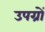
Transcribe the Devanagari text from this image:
उपग्रों